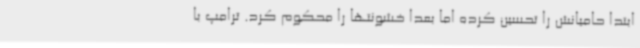
ابتدا حامیانش را تحسین کرده اما بعدا خشونتها را محکوم کرد. ترامپ با